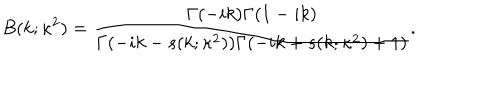
LaTeX: B ( k ; \kappa ^ { 2 } ) = \frac { \Gamma ( - i k ) \Gamma ( 1 - i k ) } { \Gamma ( - i k - s ( k ; \kappa ^ { 2 } ) ) \Gamma ( - i k + s ( k ; \kappa ^ { 2 } ) + 1 ) } .